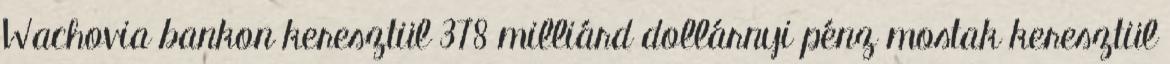
Wachovia bankon keresztül 378 milliárd dollárnyi pénz mostak keresztül